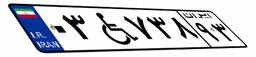
۶۲W۶۲۳۹۲